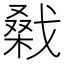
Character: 𢧱